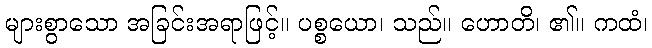
များစွာသော အခြင်းအရာဖြင့်။ ပစ္စယော၊ သည်။ ဟောတိ၊ ၏။ ကထံ၊